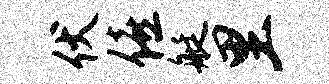
伏僖艇里